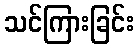
သင်ကြားခြင်း